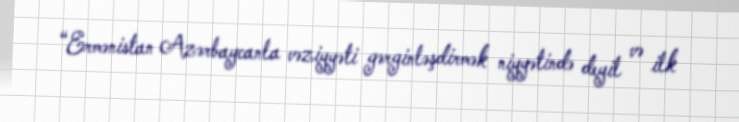
“Ermənistan Azərbaycanla vəziyyəti gərginləşdirmək niyyətində deyil və ilk